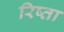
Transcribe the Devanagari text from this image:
रिष्ता